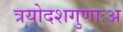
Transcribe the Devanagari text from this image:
त्रयोदशगुणाःअ